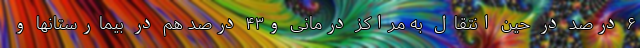
۶ درصد در حین انتقال به مراکز درمانی و۴۳ درصد هم در بیمارستانها و